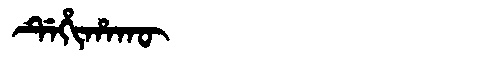
Manchu: ᡩᡝᡥᡳᡥᠠᡴᡡ
Romanization: DEHIHAKŪ